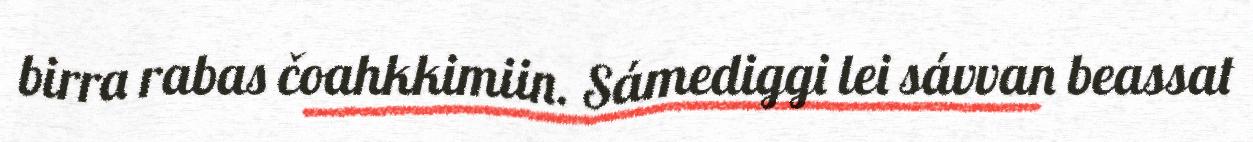
birra rabas čoahkkimiin. Sámediggi lei sávvan beassat